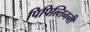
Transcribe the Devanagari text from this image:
पिपिल्तिननी